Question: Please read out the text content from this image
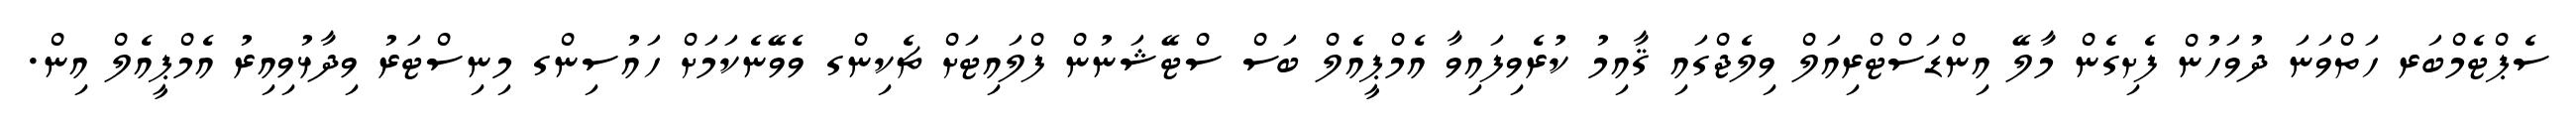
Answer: ސެޕްޓެމްބަރ ހަތްވަނަ ދުވަހުން ފެށިގެން މާލޭ އިންޑަސްޓްރިއަލް ވިލެޖްގައި ޤާއިމު ކުރެވިފައިވާ އެމްޕީއެލް ބަސް ސްޓޭޝަނުން ފްލައިޓަށް ޗެކިންގ ވެވޭނެކަމަށް ހައުސިންގ މިނިސްޓަރު ވިދާޅުވިއިރު އެމްޕީއެލް އިން.